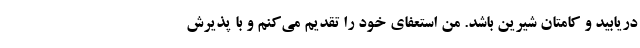
دریابید و کامتان شیرین باشد. من استعفای خود را تقدیم می‌کنم و با پذیرش